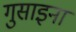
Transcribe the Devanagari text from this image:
गुसाइना